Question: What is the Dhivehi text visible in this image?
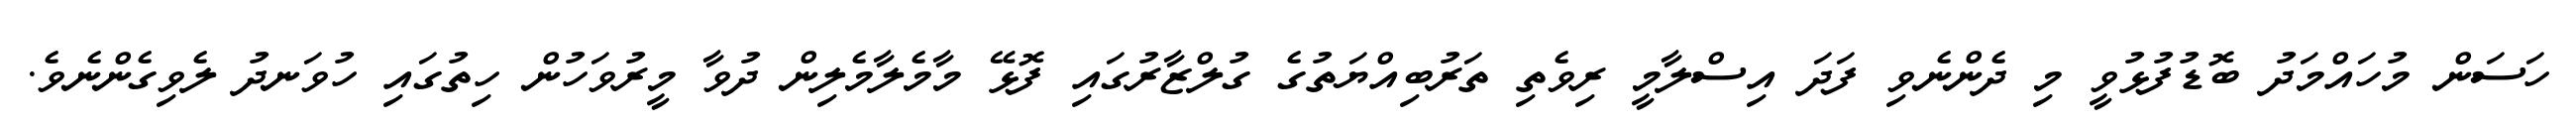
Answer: ހަސަން މުހައްމަދު ބޮޑުފުޅުވީ މި ދެންނެވި ފަދަ އިސްލާމީ ރިވެތި ތަރުބިއްޔަތުގެ ގުލްޒާރުގައި ފޮޅޭ މާމެލާމެލިން ދުވާ މީރުވަހުން ހިތުގައި ހުވަނދު ލެވިގެންނެވެ.